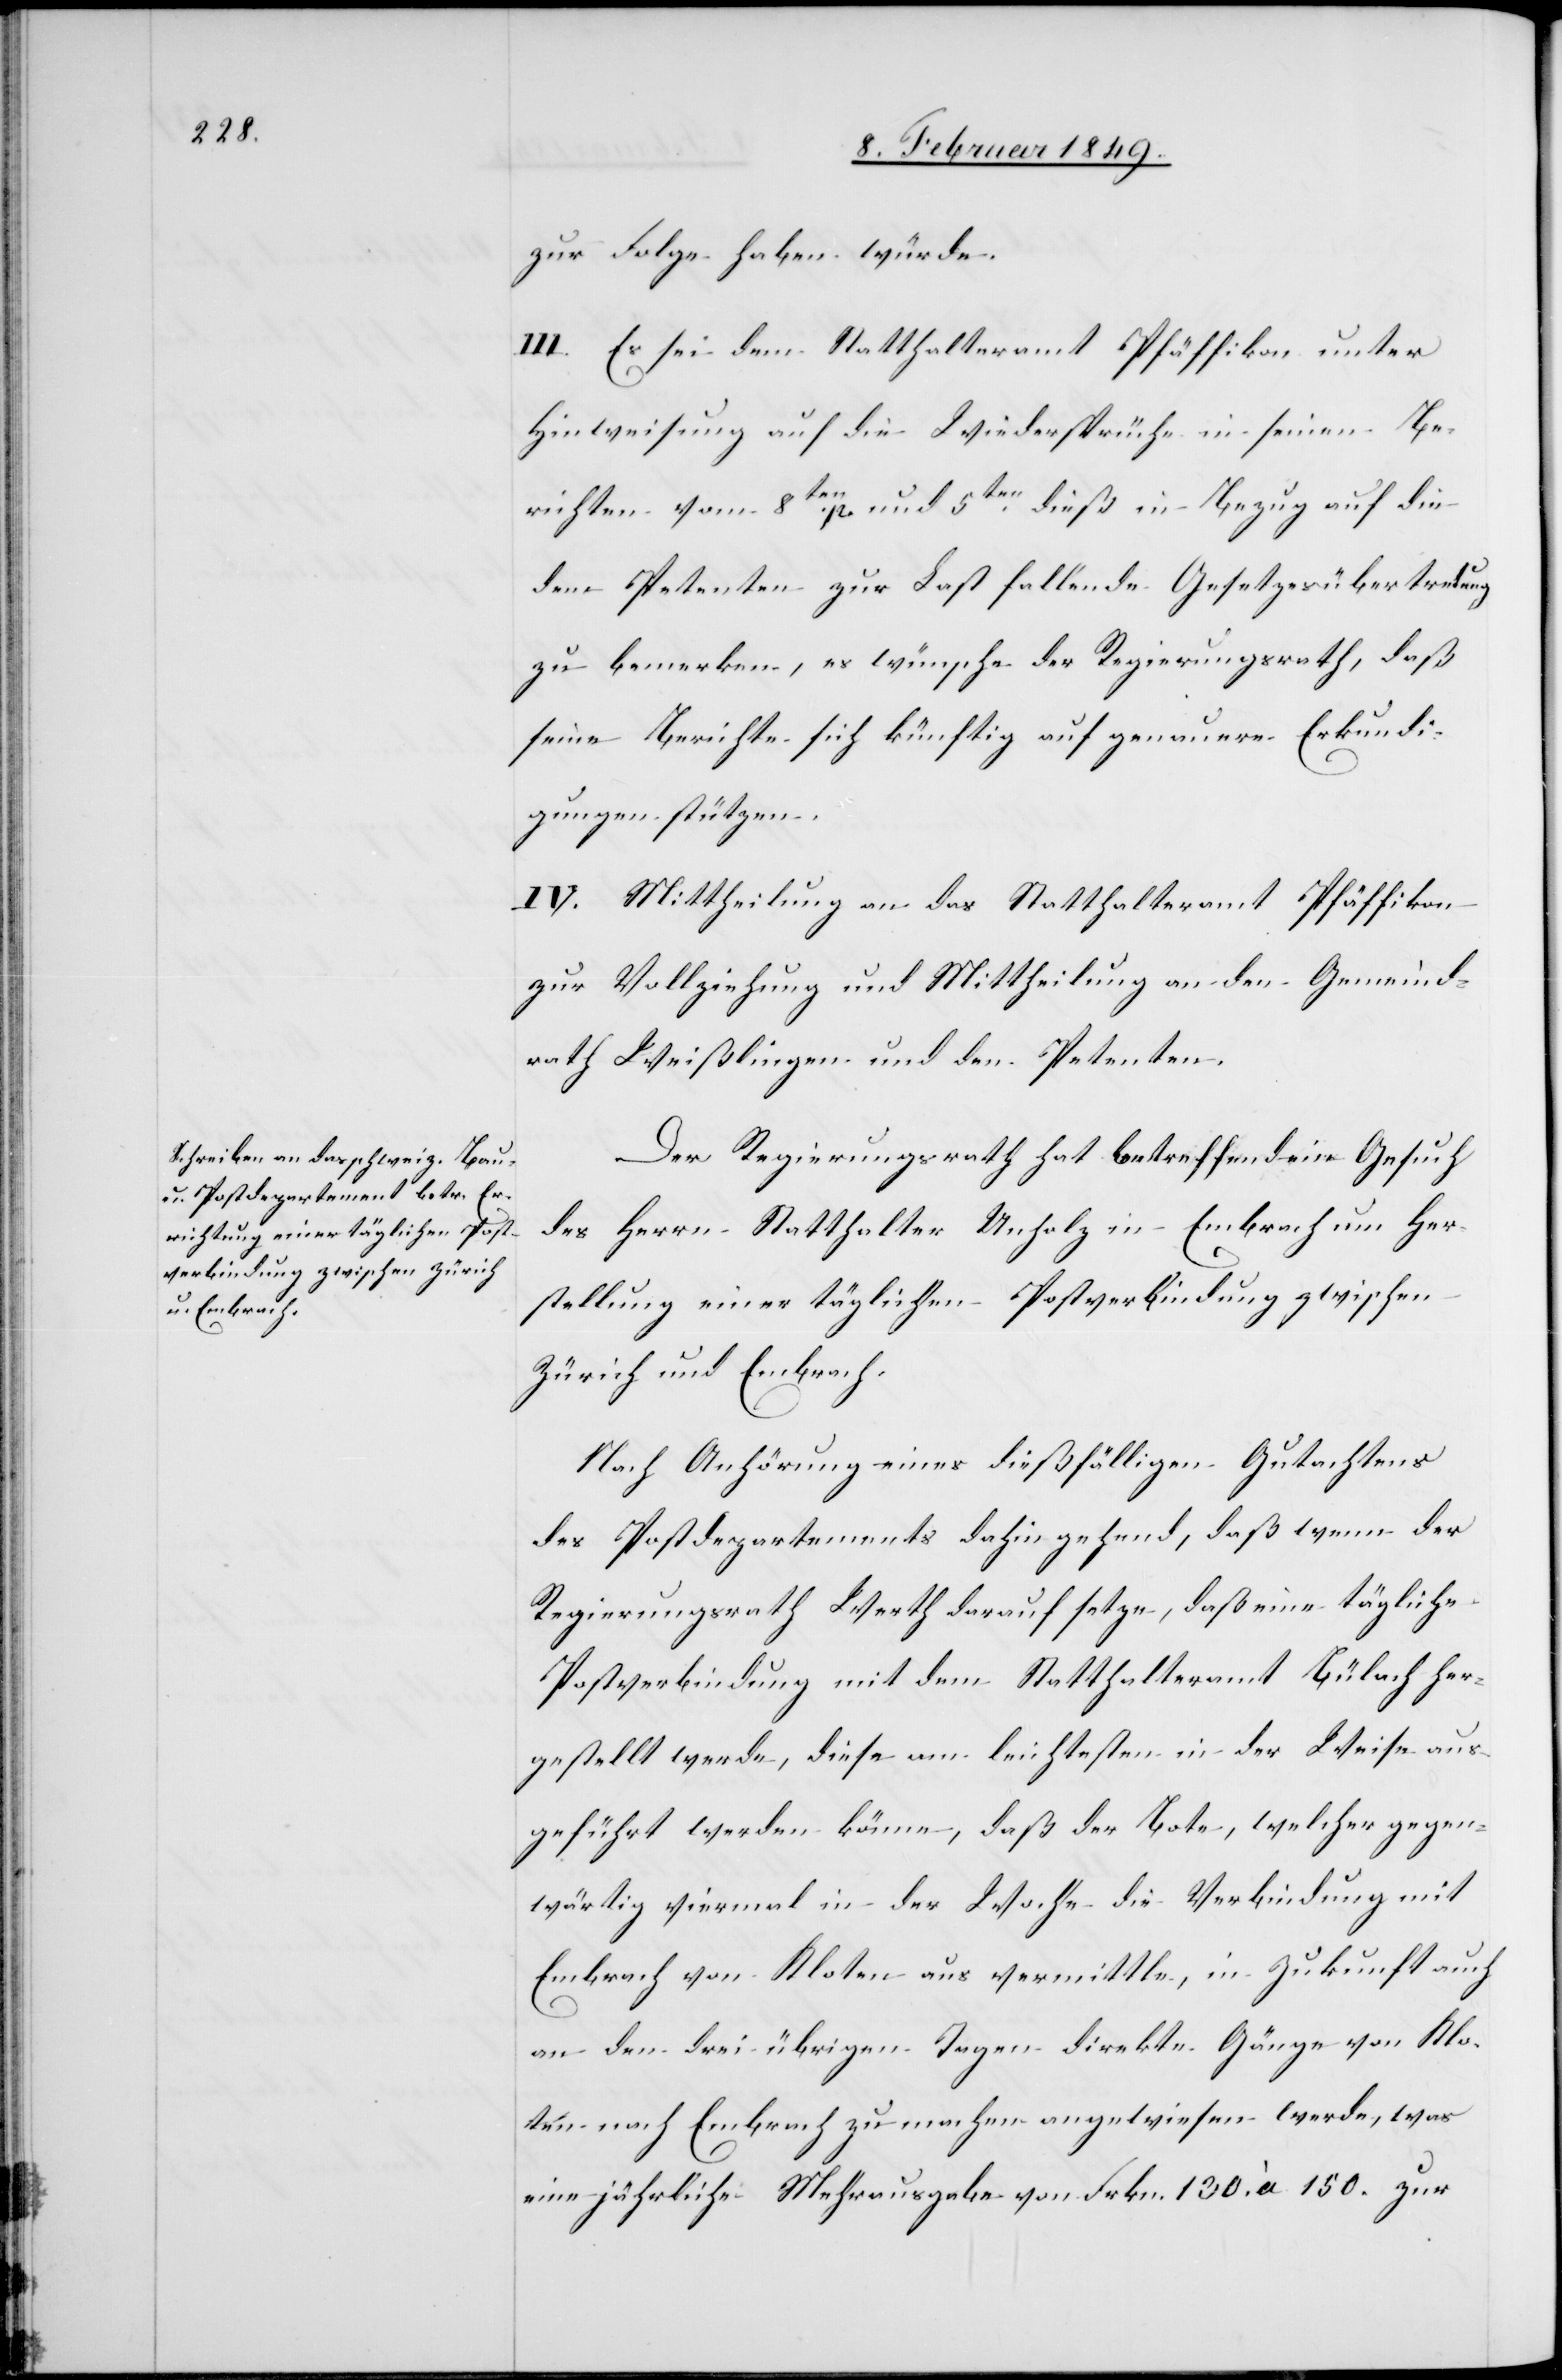
zur Folge haben würde.
III. Es sei dem Statthalteramt Pfäffikon unter
Hinweisung auf die Wiedersprüche in seinen Be¬
richten vom 8ten. p. und 5ten. dieß in Bezug auf die
dem Petenten zur Last fallende Gesetzesübertretung
zu bemerken, es wünsche der Regierungsrath, daß
seine Berichte sich künftig auf genauere Erkundi¬
gungen stützen.
IV. Mittheilung an das Statthalteramt Pfäffikon
zur Vollziehung und Mittheilung an den Gemeind¬
rath Weißlingen und den Petenten.
Der Regierungsrath hat betreffend ein Gesuch
des Herrn Statthalter Unholz in Embrach um Her¬
stellung einer täglichen Postverbindung zwischen
Zürich und Embrach.
Nach Anhörung eines dießfälligen Gutachtens
des Postdepartements dahin gehend, daß wenn der
Regierungsrath Werth darauf setze, daß eine tägliche
Postverbindung mit dem Statthalteramt Bülach her¬
gestellt werde, diese am leichtesten in der Weise aus¬
geführt werden könne, daß der Bote, welcher gegen¬
wärtig viermal in der Woche die Verbindung mit
Embrach von Kloten aus vermittle, in Zukunft auch
an den drei übrigen Tagen direkte Gänge von Klo¬
ten nach Embrach zu machen angewiesen werde, was
eine jährliche Mehrausgabe von Frkn. 130. à 150. zur